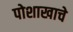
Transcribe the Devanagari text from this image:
पोशाखाचे